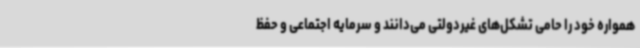
همواره خود را حامی تشکل‌های غیردولتی می‌دانند و سرمایه اجتماعی و حفظ